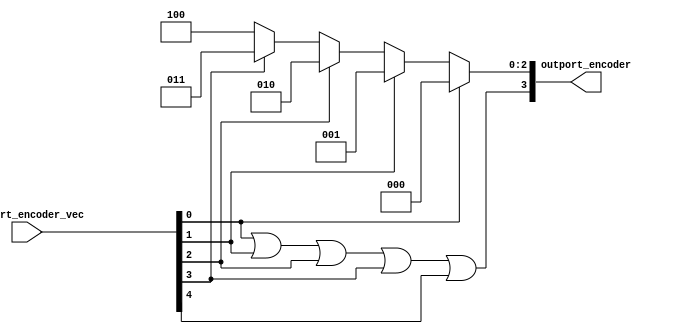
module module_outport_encoder(outport_encoder_vec,
			      outport_encoder);
  // value method outport_encoder
  input  [4 : 0] outport_encoder_vec;
  output [3 : 0] outport_encoder;

  // signals for module outputs
  wire [3 : 0] outport_encoder;

  // value method outport_encoder
  assign outport_encoder =
	     { outport_encoder_vec[0] || outport_encoder_vec[1] ||
	       outport_encoder_vec[2] ||
	       outport_encoder_vec[3] ||
	       outport_encoder_vec[4],
	       outport_encoder_vec[0] ?
		 3'd0 :
		 (outport_encoder_vec[1] ?
		    3'd1 :
		    (outport_encoder_vec[2] ?
		       3'd2 :
		       (outport_encoder_vec[3] ? 3'd3 : 3'd4))) } ;
endmodule